Cholera in southern India
Disease focus: Cholera
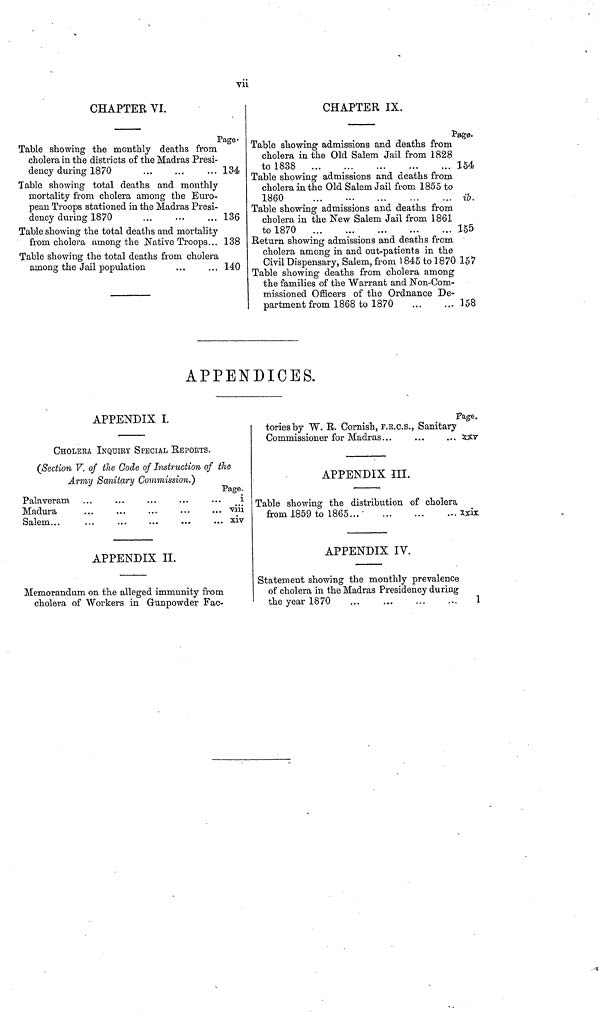
vii
CHAPTER VI.
Page.
Table showing the monthly deaths from
cholera in the districts of the Madras Presi-
dency during 1870
134
Table showing total deaths and monthly
mortality from cholera among the Euro-
pean Troops stationed in the Madras Presi-
dency during 1870
...
...
... 136
Table showing the total deaths and mortality
from cholera among the Native Troops... 138
Table showing the total deaths from cholera
among the Jail population
...
... 140
Page.
Table showing admissions and deaths from
cholera in the Old Salem Jail from 1828
to 1838
154
Table showing admissions and deaths from
cholera in the Old Salem Jail from 1855 to
1860
...
...
ib.
Table showing admissions and deaths from
cholera in the New Salem Jail from 1861
to 1870
155
Return showing admissions and deaths from
cholera among in and out-patients in the
Civil Dispensary, Salem, from 1845 to 1870 157
Table showing deaths from cholera among
the families of the Warrant and Non-Com-
missioned Officers of the Ordnance De-
partment from 1868 to 1870
158
APPENDICES.
APPENDIX I.
CHOLERA INQUIRY SPECIAL REPORTS.
(Section V. of the Code of Instruction of the
Army Sanitary Commission.)
Page.
Palaveram ...
...
...
...
...
i
Madura
...
...
...
...
... viii
Salem...
...
... xiv
APPENDIX II.
Memorandum on the alleged immunity from
cholera of Workers in Gunpowder Fac-
Page.
toriesby W. R. Cornish, F.R.C.S., Sanitary
Commissioner for Madras...
...
... XXV
APPENDIX III.
Table showing the distribution of cholera
from 1859 to 1865
xxix
APPENDIX IV.
Statement showing the monthly prevalence
of cholera in the Madras Presidency during
the year 1870
1